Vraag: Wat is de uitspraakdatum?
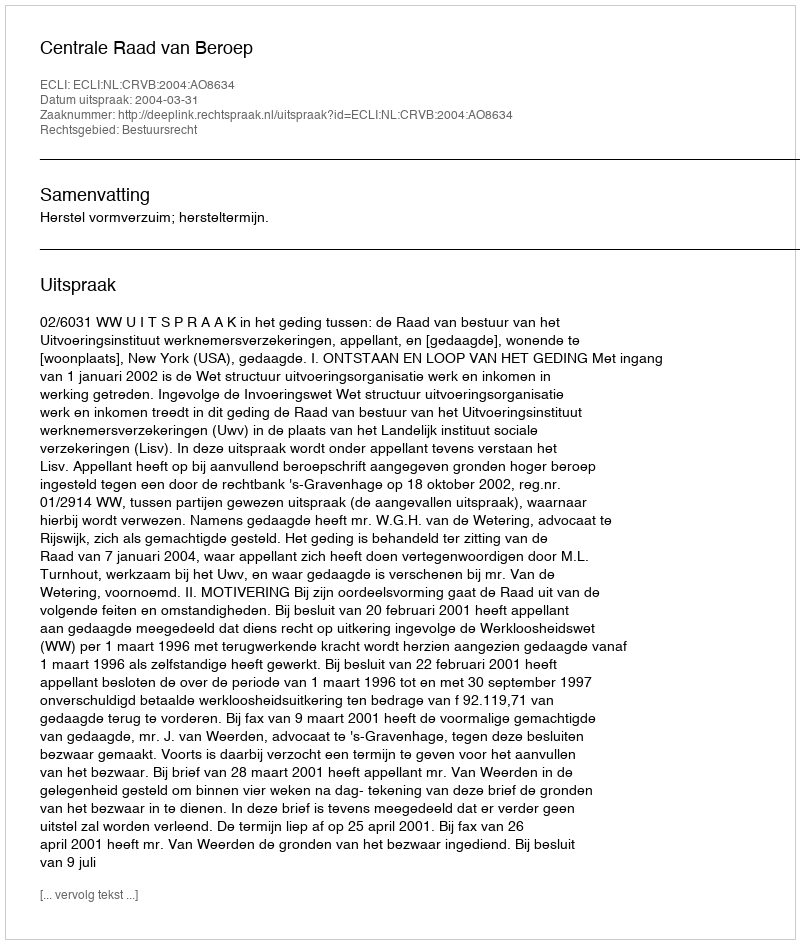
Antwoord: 2004-03-31